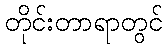
တိုင်းတာရာတွင်